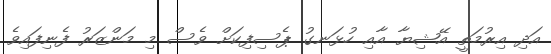
އަދި އިރުމަތީ އޭޝިޔާ އާއި ހުޅަނގު ޕެސިފިކަށް ވެސް މި މަންޒަރު ފެނިފައިވެ